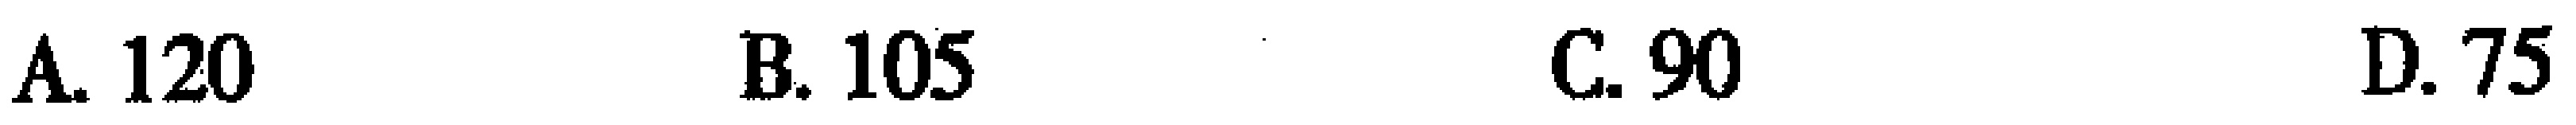
A. 120 \quad B. 105 \quad C. 90 \quad D. 75